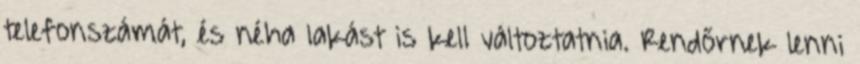
telefonszámát, és néha lakást is kell változtatnia. Rendőrnek lenni